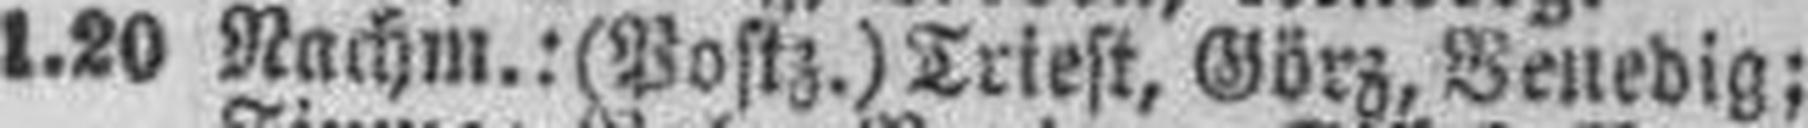
1.20 Nachm.: (Postz.) Triest, Görz, Venedig;